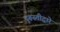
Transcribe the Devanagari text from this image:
दुरूस्तीद्वारे